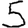
Digit: 5